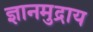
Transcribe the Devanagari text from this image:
ज्ञानमुद्राय